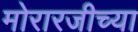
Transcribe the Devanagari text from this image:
मोरारजीच्या